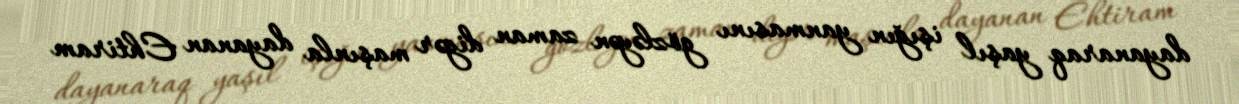
dayanaraq yaşıl işığın yanmasını gözləyən zaman digər maşınla dayanan Ehtiram